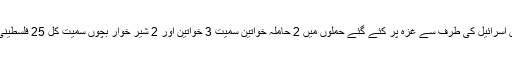
اطلاعات کے مطابق حالیہ لڑائی میں اسرائیل کی طرف سے غزہ پر کئے گئے حملوں میں 2 حاملہ خواتین سمیت 3 خواتین اور 2 شیر خوار بچوں سمیت کُل 25 فلسطینی شہید اور 150 زخمی ہو گئے ہیں۔